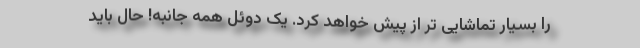
را بسیار تماشایی تر از پیش خواهد کرد. یک دوئل همه جانبه! حال باید